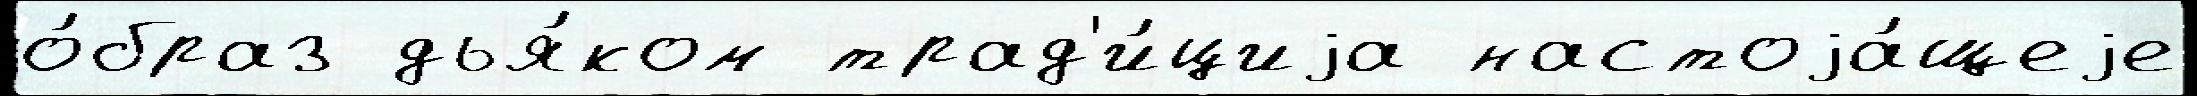
о́браз дья́ком трад'и́циjа настоjа́щеjе